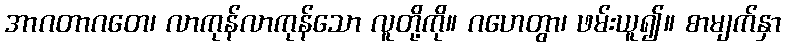
အာဂတာဂတေ၊ လာကုန်လာကုန်သော လူတို့ကို။ ဂဟေတွာ၊ ဖမ်းယူ၍။ စာမျက်နှာ